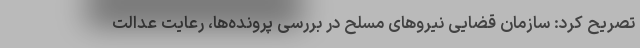
تصریح کرد: سازمان قضایی نیرو‌های مسلح در بررسی پرونده‌ها، رعایت عدالت